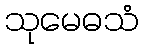
သုမေဓသံ